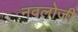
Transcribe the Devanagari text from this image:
नवलोजी